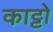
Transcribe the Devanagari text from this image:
काट्टो